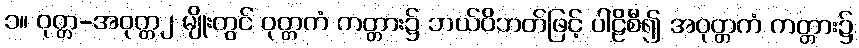
၁။ ဝုတ္တ-အဝုတ္တ၂ မျိုးတွင် ဝုတ္တကံ ကတ္တား၌ ဘယ်ဝိဘတ်ဖြင့် ပါဠိစီ၍ အဝုတ္တကံ ကတ္တား၌